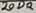
Text: 20DR